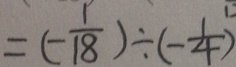
= ( - \frac { 1 } { 1 8 } ) \div ( - \frac { 1 } { 4 } )